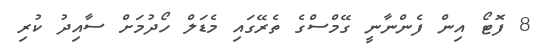
8 ފޮޓޯ އިން ފެންނާނީ ގޭމްސްގެ ތެރޭގައި މެޑަލް ހޯދުމަށް ސާއިދު ކުރި